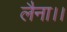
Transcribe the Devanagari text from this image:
लैना।।